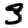
Digit: 3